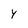
Character: y